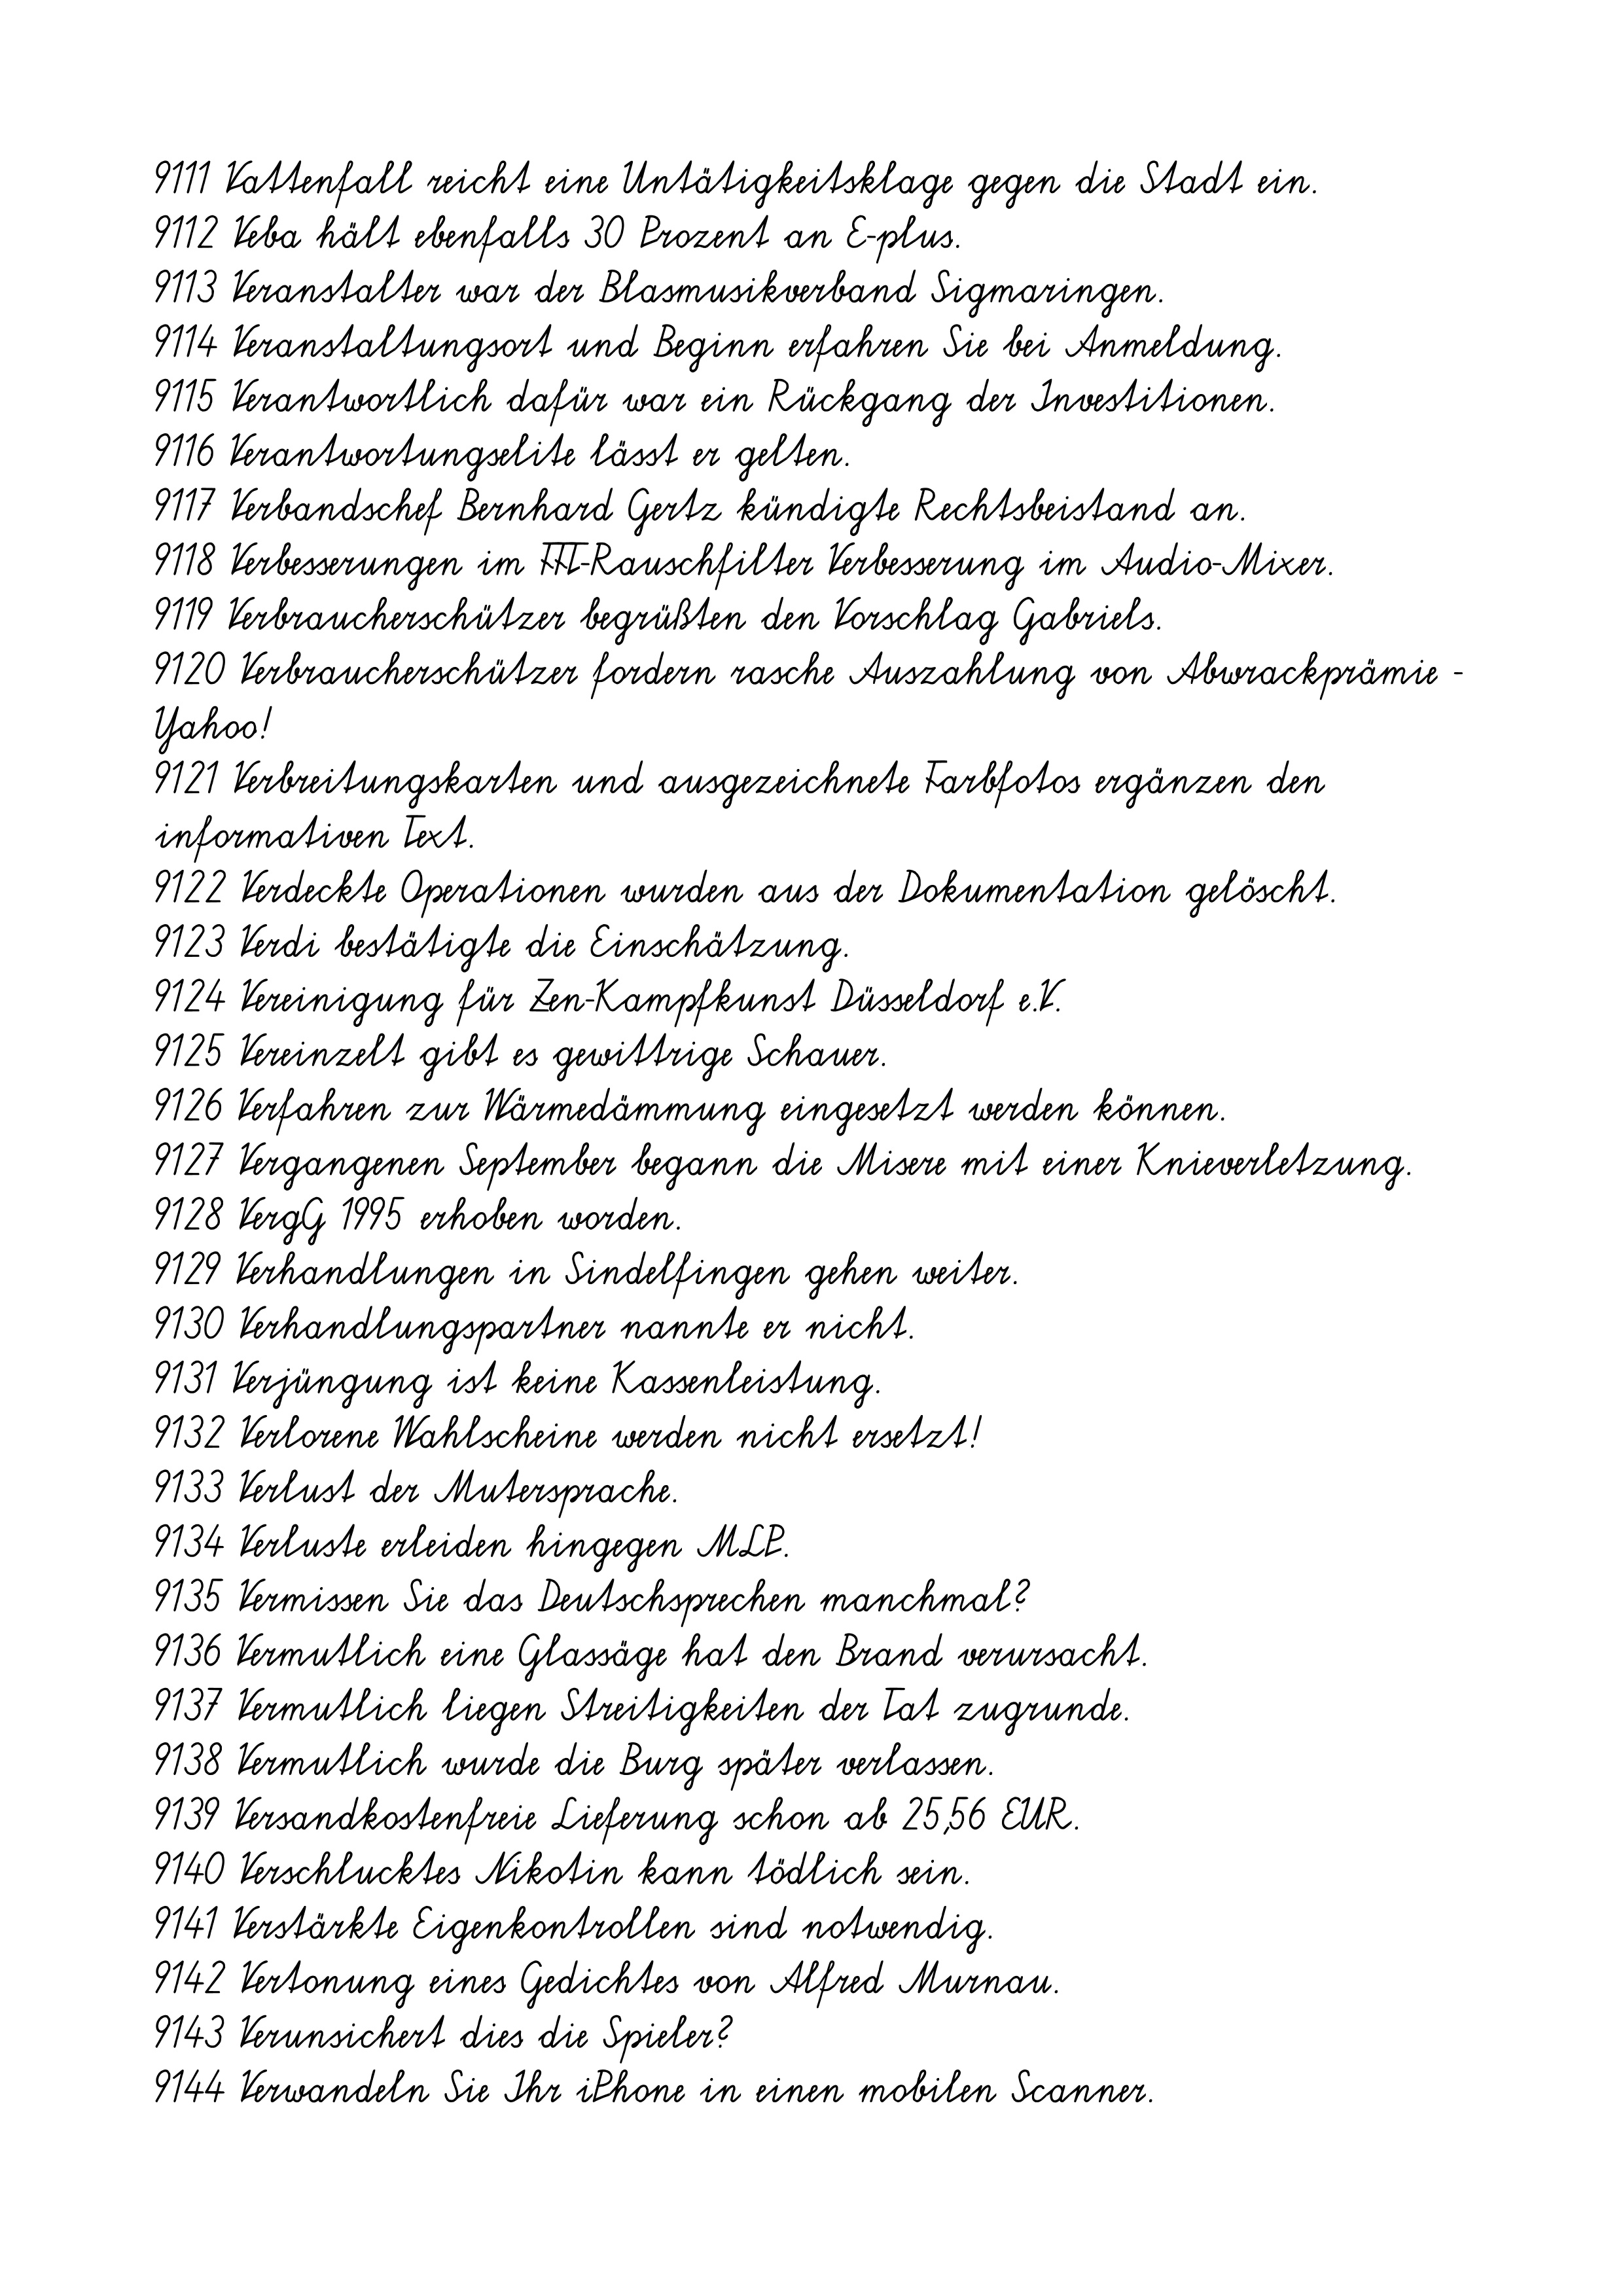
9111 Vattenfall reicht eine Untätigkeitsklage gegen die Stadt ein.
9112 Veba hält ebenfalls 30 Prozent an E-plus.
9113 Veranstalter war der Blasmusikverband Sigmaringen.
9114 Veranstaltungsort und Beginn erfahren Sie bei Anmeldung.
9115 Verantwortlich dafür war ein Rückgang der Investitionen.
9116 Verantwortungselite lässt er gelten.
9117 Verbandschef Bernhard Gertz kündigte Rechtsbeistand an.
9118 Verbesserungen im FFT-Rauschfilter Verbesserung im Audio-Mixer.
9119 Verbraucherschützer begrüßten den Vorschlag Gabriels.
9120 Verbraucherschützer fordern rasche Auszahlung von Abwrackprämie -
Yahoo!
9121 Verbreitungskarten und ausgezeichnete Farbfotos ergänzen den
informativen Text.
9122 Verdeckte Operationen wurden aus der Dokumentation gelöscht.
9123 Verdi bestätigte die Einschätzung.
9124 Vereinigung für Zen-Kampfkunst Düsseldorf e.V.
9125 Vereinzelt gibt es gewittrige Schauer.
9126 Verfahren zur Wärmedämmung eingesetzt werden können.
9127 Vergangenen September begann die Misere mit einer Knieverletzung.
9128 VergG 1995 erhoben worden.
9129 Verhandlungen in Sindelfingen gehen weiter.
9130 Verhandlungspartner nannte er nicht.
9131 Verjüngung ist keine Kassenleistung.
9132 Verlorene Wahlscheine werden nicht ersetzt!
9133 Verlust der Mutersprache.
9134 Verluste erleiden hingegen MLP.
9135 Vermissen Sie das Deutschsprechen manchmal?
9136 Vermutlich eine Glassäge hat den Brand verursacht.
9137 Vermutlich liegen Streitigkeiten der Tat zugrunde.
9138 Vermutlich wurde die Burg später verlassen.
9139 Versandkostenfreie Lieferung schon ab 25,56 EUR.
9140 Verschlucktes Nikotin kann tödlich sein.
9141 Verstärkte Eigenkontrollen sind notwendig.
9142 Vertonung eines Gedichtes von Alfred Murnau.
9143 Verunsichert dies die Spieler?
9144 Verwandeln Sie Ihr iPhone in einen mobilen Scanner.